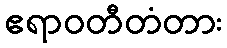
ဧရာဝတီတံတား